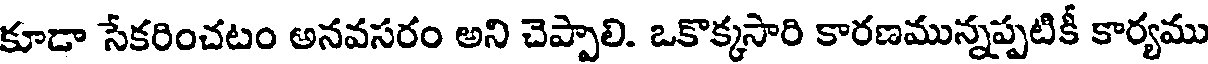
కూడా సేకరించటం అనవసరం అని చెప్పాలి. ఒకొక్కసారి కారణమున్నప్పటికీ కార్యము